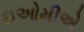
ઇઓમીએ